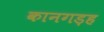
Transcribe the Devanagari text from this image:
कानगड़ह